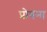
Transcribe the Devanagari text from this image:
प्रोबना